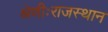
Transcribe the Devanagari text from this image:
श्रेणीःराजस्थान